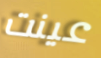
عينت